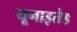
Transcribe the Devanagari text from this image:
यूनाइतेड